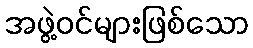
အဖွဲ့ဝင်များဖြစ်သော